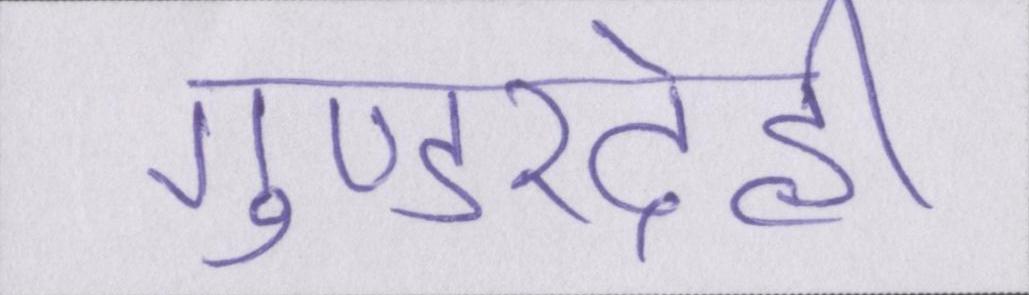
गुण्डरदेही